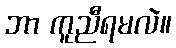
ဘာ ကူညီရမလဲ။